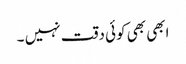
ابھی بھی کوئی دقت نہیں‌ ۔